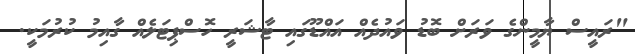
"ރައީސް ޔާމީންގެ ވަރަށް ބޮޑު ވައުދެއް އައްޑޫގައި ޓާޝަރީ ހޮސްޕިޓަލެއް ގާއިމު ކުރުމަކީ.